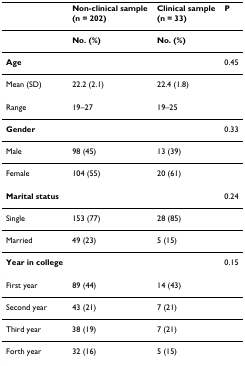
|  | Non-clinical sample(n = 202) | Clinical sample(n = 33) | P |
 | --- | --- | --- | --- |
 |  | No. (%) | No. (%) |  |
 | Age |  |  | 0.45 |
 | Mean (SD) | 22.2 (2.1) | 22.4 (1.8) |  |
 | Range | 19–27 | 19–25 |  |
 | Gender |  |  | 0.33 |
 | Male | 98 (45) | 13 (39) |  |
 | Female | 104 (55) | 20 (61) |  |
 | Marital status |  |  | 0.24 |
 | Single | 153 (77) | 28 (85) |  |
 | Married | 49 (23) | 5 (15) |  |
 | Year in college |  |  | 0.15 |
 | First year | 89 (44) | 14 (43) |  |
 | Second year | 43 (21) | 7 (21) |  |
 | Third year | 38 (19) | 7 (21) |  |
 | Forth year | 32 (16) | 5 (15) |  |